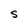
Character: S